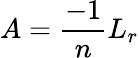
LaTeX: A=\frac{-1}{n}L_{r}